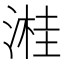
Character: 溎